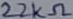
Text: 22KΩ